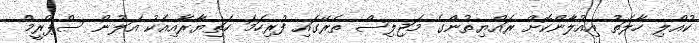
ކުއްލި ހާލަތު އިއުލާންކޮށް ރައްޔިތުންގެ މަޖިލިސް ތެރޭގައި ފުރިހަމަ ހަތިޔާރާއިއެކު އަލުން ސްޕްރީމް